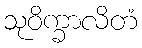
သုဝိက္ခာလိတံ